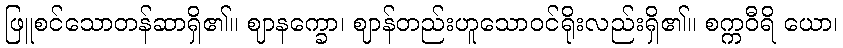
ဖြူစင်သောတန်ဆာရှိ၏။ ဈာနက္ခော၊ ဈာန်တည်းဟူသောဝင်ရိုးလည်းရှိ၏။ စက္ကဝီရိ ယော၊